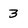
Character: 3